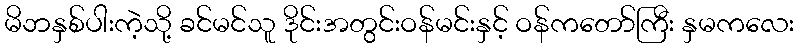
မိဘနှစ်ပါးကဲ့သို့ ခင်မင်သူ ဒိုင်းအတွင်းဝန်မင်းနှင့် ဝန်ကတော်ကြီး နှမကလေး